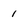
Character: i